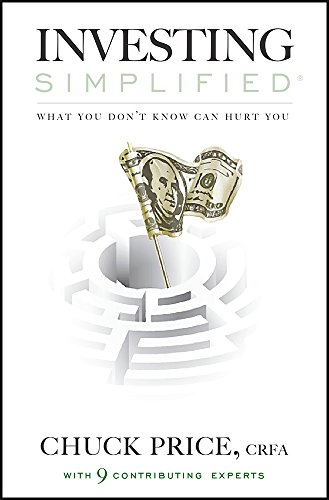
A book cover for Investing Simplified: What You Don't Know Can Hurt You; Chuck Price CRFA; Business & Money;